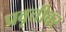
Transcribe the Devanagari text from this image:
प्रवृत्तीवर